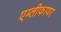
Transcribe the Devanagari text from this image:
एम्लीफायर